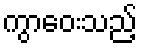
ကွာဝေးသည့်